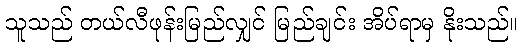
သူသည် တယ်လီဖုန်းမြည်လျှင် မြည်ချင်း အိပ်ရာမှ နိုးသည်။